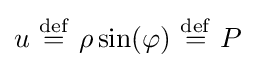
u\ {\stackrel {\mathrm {def} }{=}}\ \rho \sin(\varphi )\ {\stackrel {\mathrm {def} }{=}}\ P